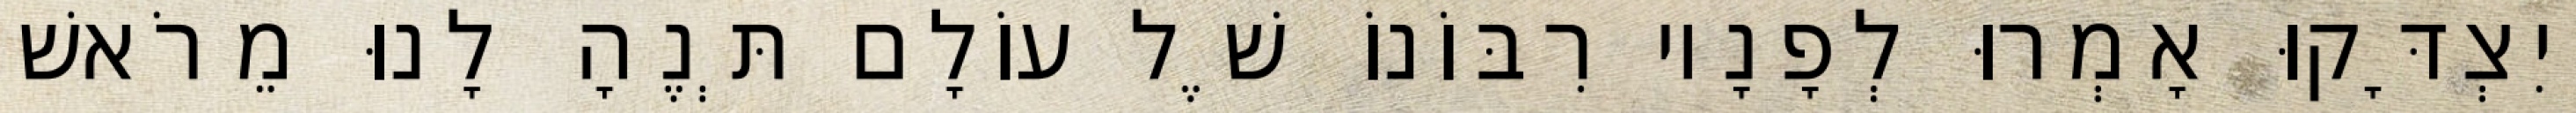
וְיִצְדָּקוּ אָמְרוּ לְפָנָיו רִבּוֹנוֹ שֶׁל עוֹלָם תְּנֶהָ לָנוּ מֵרֹאשׁ